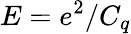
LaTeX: E=e^{2}/C_{q}